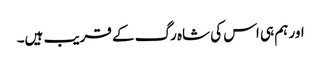
اور ہم ہی اس کی شاہ رگ کے قریب ہیں۔